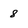
Character: 8